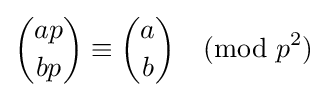
{ap \choose bp}\equiv {a \choose b}{\pmod {p^{2}}}